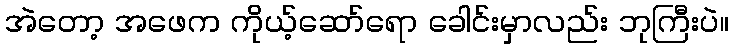
အဲတော့ အဖေက ကိုယ့်ဆော်ရော ခေါင်းမှာလည်း ဘုကြီးပဲ။